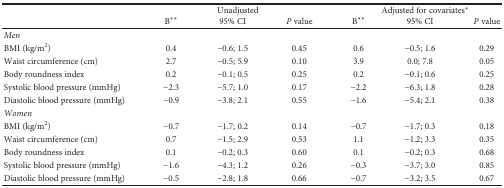
<table><thead><tr><td rowspan="2"></td><td colspan="3"><b>Unadjusted</b></td><td colspan="3"><b>Adjusted for covariates<sup>∗</sup></b></td></tr><tr><td><b>B<sup>∗∗</sup></b></td><td><b>95% CI</b></td><td><b><i>P</i> value</b></td><td><b>B<sup>∗∗</sup></b></td><td><b>95% CI</b></td><td><b><i>P</i> value</b></td></tr></thead><tbody><tr><td><i>Men</i></td><td></td><td></td><td></td><td></td><td></td><td></td></tr><tr><td>BMI (kg/m<sup>2</sup>)</td><td>0.4</td><td>−0.6; 1.5</td><td>0.45</td><td>0.6</td><td>−0.5; 1.6</td><td>0.29</td></tr><tr><td>Waist circumference (cm)</td><td>2.7</td><td>−0.5; 5.9</td><td>0.10</td><td>3.9</td><td>0.0; 7.8</td><td>0.05</td></tr><tr><td>Body roundness index</td><td>0.2</td><td>−0.1; 0.5</td><td>0.25</td><td>0.2</td><td>−0.1; 0.6</td><td>0.25</td></tr><tr><td>Systolic blood pressure (mmHg)</td><td>−2.3</td><td>−5.7; 1.0</td><td>0.17</td><td>−2.2</td><td>−6.3; 1.8</td><td>0.28</td></tr><tr><td>Diastolic blood pressure (mmHg)</td><td>−0.9</td><td>−3.8; 2.1</td><td>0.55</td><td>−1.6</td><td>−5.4; 2.1</td><td>0.38</td></tr><tr><td><i>Women</i></td><td></td><td></td><td></td><td></td><td></td><td></td></tr><tr><td>BMI (kg/m<sup>2</sup>)</td><td>−0.7</td><td>−1.7; 0.2</td><td>0.14</td><td>−0.7</td><td>−1.7; 0.3</td><td>0.18</td></tr><tr><td>Waist circumference (cm)</td><td>0.7</td><td>−1.5; 2.9</td><td>0.53</td><td>1.1</td><td>−1.2; 3.3</td><td>0.35</td></tr><tr><td>Body roundness index</td><td>0.1</td><td>−0.2; 0.3</td><td>0.60</td><td>0.1</td><td>−0.2; 0.3</td><td>0.68</td></tr><tr><td>Systolic blood pressure (mmHg)</td><td>−1.6</td><td>−4.3; 1.2</td><td>0.26</td><td>−0.3</td><td>−3.7; 3.0</td><td>0.85</td></tr><tr><td>Diastolic blood pressure (mmHg)</td><td>−0.5</td><td>−2.8; 1.8</td><td>0.66</td><td>−0.7</td><td>−3.2; 3.5</td><td>0.67</td></tr></tbody></table>